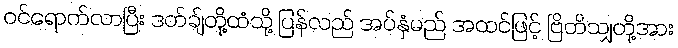
ဝင်ရောက်လာပြီး ဒတ်ချ်တို့ထံသို့ ပြန်လည် အပ်နှံမည် အထင်ဖြင့် ဗြိတိသျှတို့အား